Punjab Mental Hospital Lahore 1932-46 - 1932-1946
Year: 1932
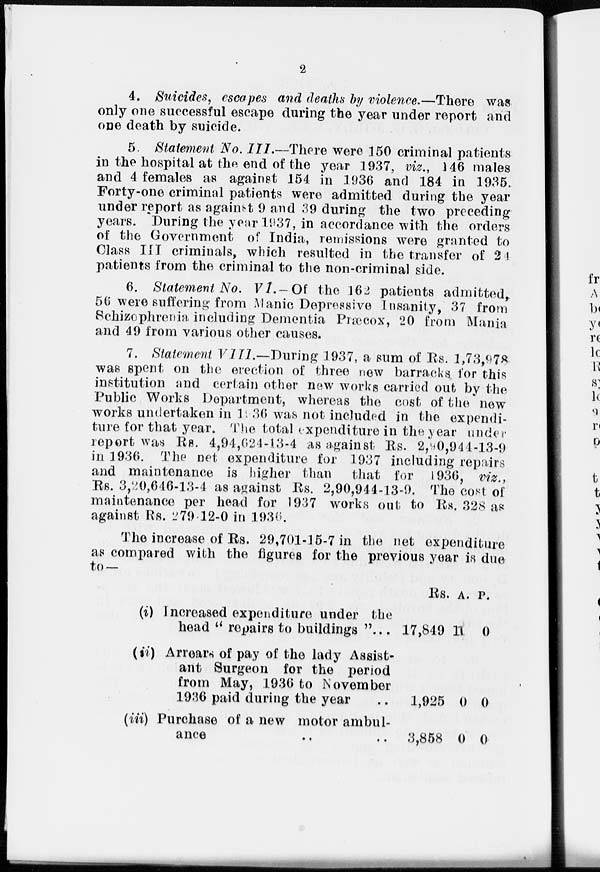
2
4. Suicides, escapes and deaths by violence.—There was
only one successful escape during the year under report and
one death by suicide.
5. Statement No. III.—There were 150 criminal patients
in the hospital at the end of the year 1937, viz., 146 males
and 4 females as against 154 in 1936 and 184 in 1935.
Forty-one criminal patients were admitted during the year
under report as against 9 and 39 during the two preceding
years. During the year 1937, in accordance with the orders
of the Government of India, remissions were granted to
Class III criminals, which resulted in the transfer of 24
patients from the criminal to the non-criminal side.
6. Statement No. V1.-Of
the 162 patients admitted,
56 were suffering from Manic Depressive Insanity, 37 from
Schizophrenia including Dementia Præox, 20 from Mania
and 49 from various other causes.
7. Statement VIII.—During
1937, a sum of Rs. l,73,978
was spent on the erection of three new barracks for this
institution and certain other new works carried out by the
Public Works Department, whereas the cost of the new
works undertaken in 1936 was not included in the expendi-
ture for that year. The total expenditure in the year under
report was Rs. 4,94,624-13-4 as against Rs. 2,90,944-13-9
in 1936. The net expenditure for 1937 including repairs
and maintenance is higher than
that for 1936, viz.,
Rs. 3,20,646-13-4 as against Rs. 2,90,944-13-9. The cost of
maintenance per head for 1937 works out to Rs. 328 as
against Rs. 279-12-0 in 1936.
The increase of Rs. 29,701-15-7 in the net expenditure
as compared with the figures for the previous year is due
to—
(i) Increased expenditure under the
head " repairs to buildings "...
(ii) Arrears of pay of the lady Assist-
ant Surgeon for the period
from May, 1936 to November
1936 paid during the year ..
(iii) Purchase of a new motor ambul-
ance .. ..
Rs.
17,849
1,925
3,858
A.
11
0
0
P.
0
0
0